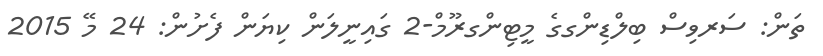
ތަން: ސަރވިސް ބިލްޑިންގގެ މީޓިންގރޫމް-2 ގައިނީލަން ކިޔަން ފެށުން: 24 މޭ 2015